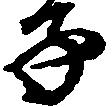
子